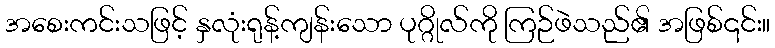
အစေးကင်းသဖြင့် နှလုံးရုန့်ကျန်းသော ပုဂ္ဂိုလ်ကို ကြဉ်ဖဲသည်၏ အဖြစ်၎င်း။